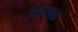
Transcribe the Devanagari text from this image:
अनगढ